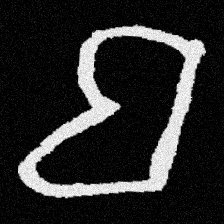
Pyu character \u2014 Myanmar letter: ဗ (romanized: ba)